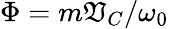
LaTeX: \Phi=m\mathfrak{V}_{C}/\omega_{0}